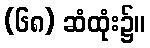
(၆၈) ဆံထုံး၌။